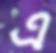
এ